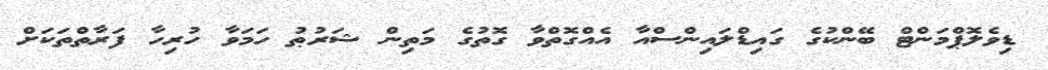
ޑިވެލޮޕްމަންޓް ބޭންކުގެ ގައިޑްލައިންސްއާ އެއްގޮތްވާ ގޮތުގެ މަތިން ޝަރުޠު ހަމަވާ ހުރިހާ ފަރާތްތަކަށް